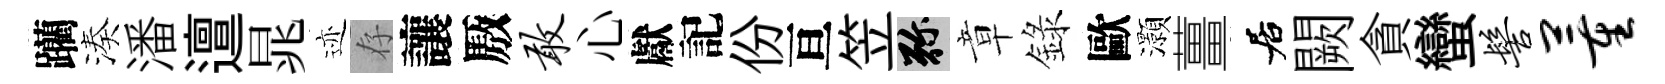
躪湊潘邅晁迹存讓厫敢心獻記份亘笠弥章錄歐灝薑居闕貪蠻髻董